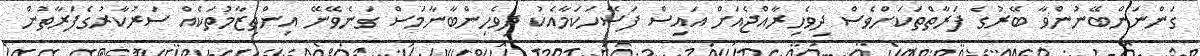
ގަންނަންބޭނުންވާ ބޭރުގެ ފަރާތްތަކަށްވެސް ދިވެހިރާއްޖެއަށް އައިސް ފަސޭހަކަމާއެކު ދިވެހިންބާނާމަސް ގަނެވޭނޭ އިންތިޒާމުތަކެއް ސަރުކާރުގެފަރާތުން